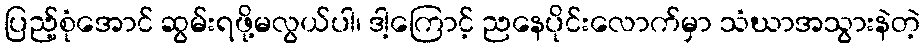
ပြည့်စုံအောင် ဆွမ်းရဖို့မလွယ်ပါ၊ ဒါ့ကြောင့် ညနေပိုင်းလောက်မှာ သံဃာအသွားနဲတဲ့